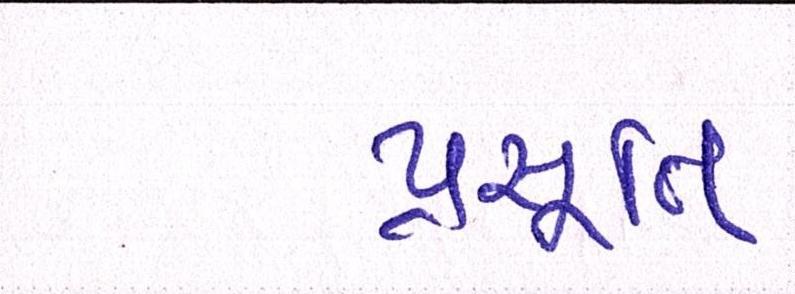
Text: પ્રસૂતિ